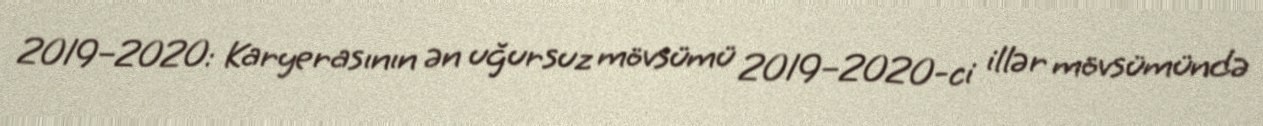
2019–2020: Karyerasının ən uğursuz mövsümü 2019–2020-ci illər mövsümündə